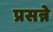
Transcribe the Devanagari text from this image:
प्रसन्ने